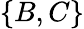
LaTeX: \{ B,C\}